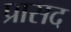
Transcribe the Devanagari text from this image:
प्रासद